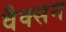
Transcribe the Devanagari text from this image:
वैक्सन